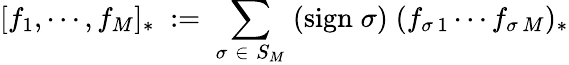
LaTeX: [f_{1},\cdots,f_{M}]_{*}\; :=\; \sum_{\sigma\; \in\; S_{M}}\; (\mathrm{sign}\; \sigma)\; (f_{\sigma\, 1}\cdots f_{\sigma\, M})_{*}